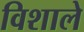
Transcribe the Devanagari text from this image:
विशाले